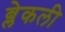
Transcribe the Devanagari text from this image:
ब्लेकली